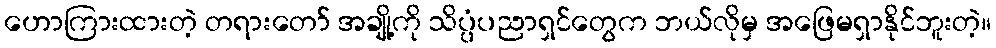
ဟောကြားထားတဲ့ တရားတော် အချို့ကို သိပ္ပံပညာရှင်တွေက ဘယ်လိုမှ အဖြေမရှာနိုင်ဘူးတဲ့။